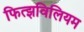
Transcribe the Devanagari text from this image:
फित्झविलियम